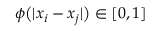
\phi \big ( | x _ { i } - x _ { j } | \big ) \in [ 0 , 1 ]